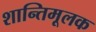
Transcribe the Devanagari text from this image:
शान्तिमूलक